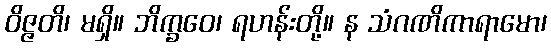
ဝိဇ္ဇတိ၊ မရှိ။ ဘိက္ခဝေ၊ ရဟန်းတို့။ န သံဂဏိကာရာမော၊